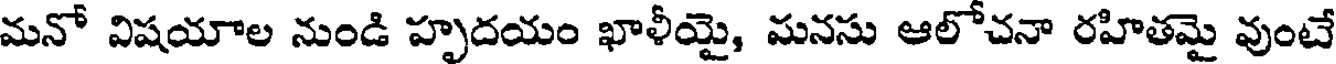
మనో విషయాల నుండి హృదయం ఖాళీయై, మనసు ఆలోచనా రహితమై వుంటే